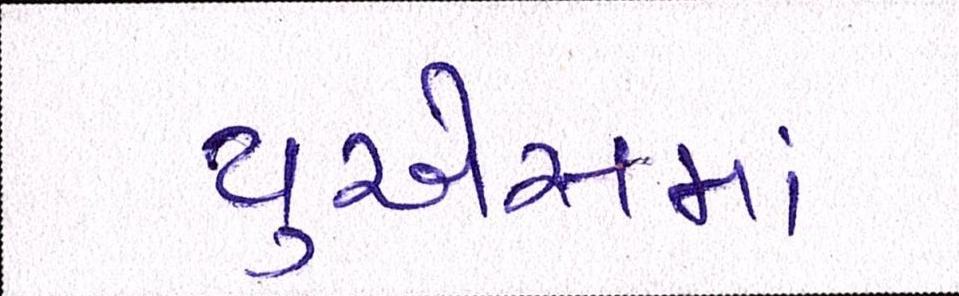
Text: યુએસમાં